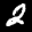
Label: 2